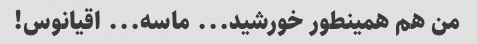
من هم همینطور خورشید... ماسه... اقیانوس!